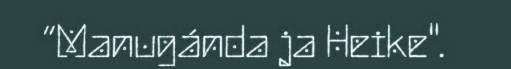
“Manugánda ja Heike".